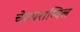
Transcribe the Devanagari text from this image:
चेरुपराम्बिल